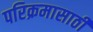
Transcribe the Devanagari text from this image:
परिक्रमासाठी